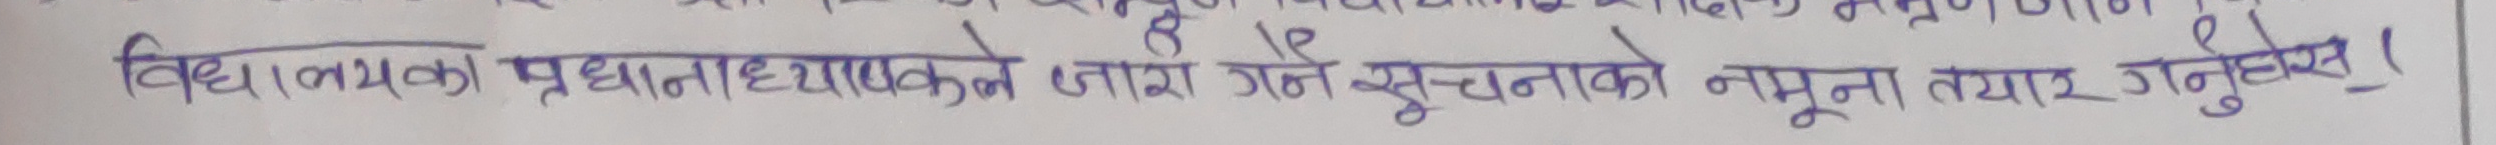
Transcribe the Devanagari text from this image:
विद्यालयका प्रधानाध्यापकले जारी गर्ने सूचनाको नमूना तयार गर्नुहोस ।